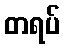
တရပ်